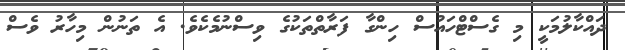
ދައްކާލުމަކީ މި ގެސްޓްހައުސް ހިންގާ ފަރާތްތަކުގެ ވިސްނުމެކެވެ. އެ ތަނުން މިހާރު ވެސް